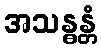
အသန္ဓန္တံ